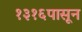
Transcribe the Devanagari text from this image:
१३१६पासून